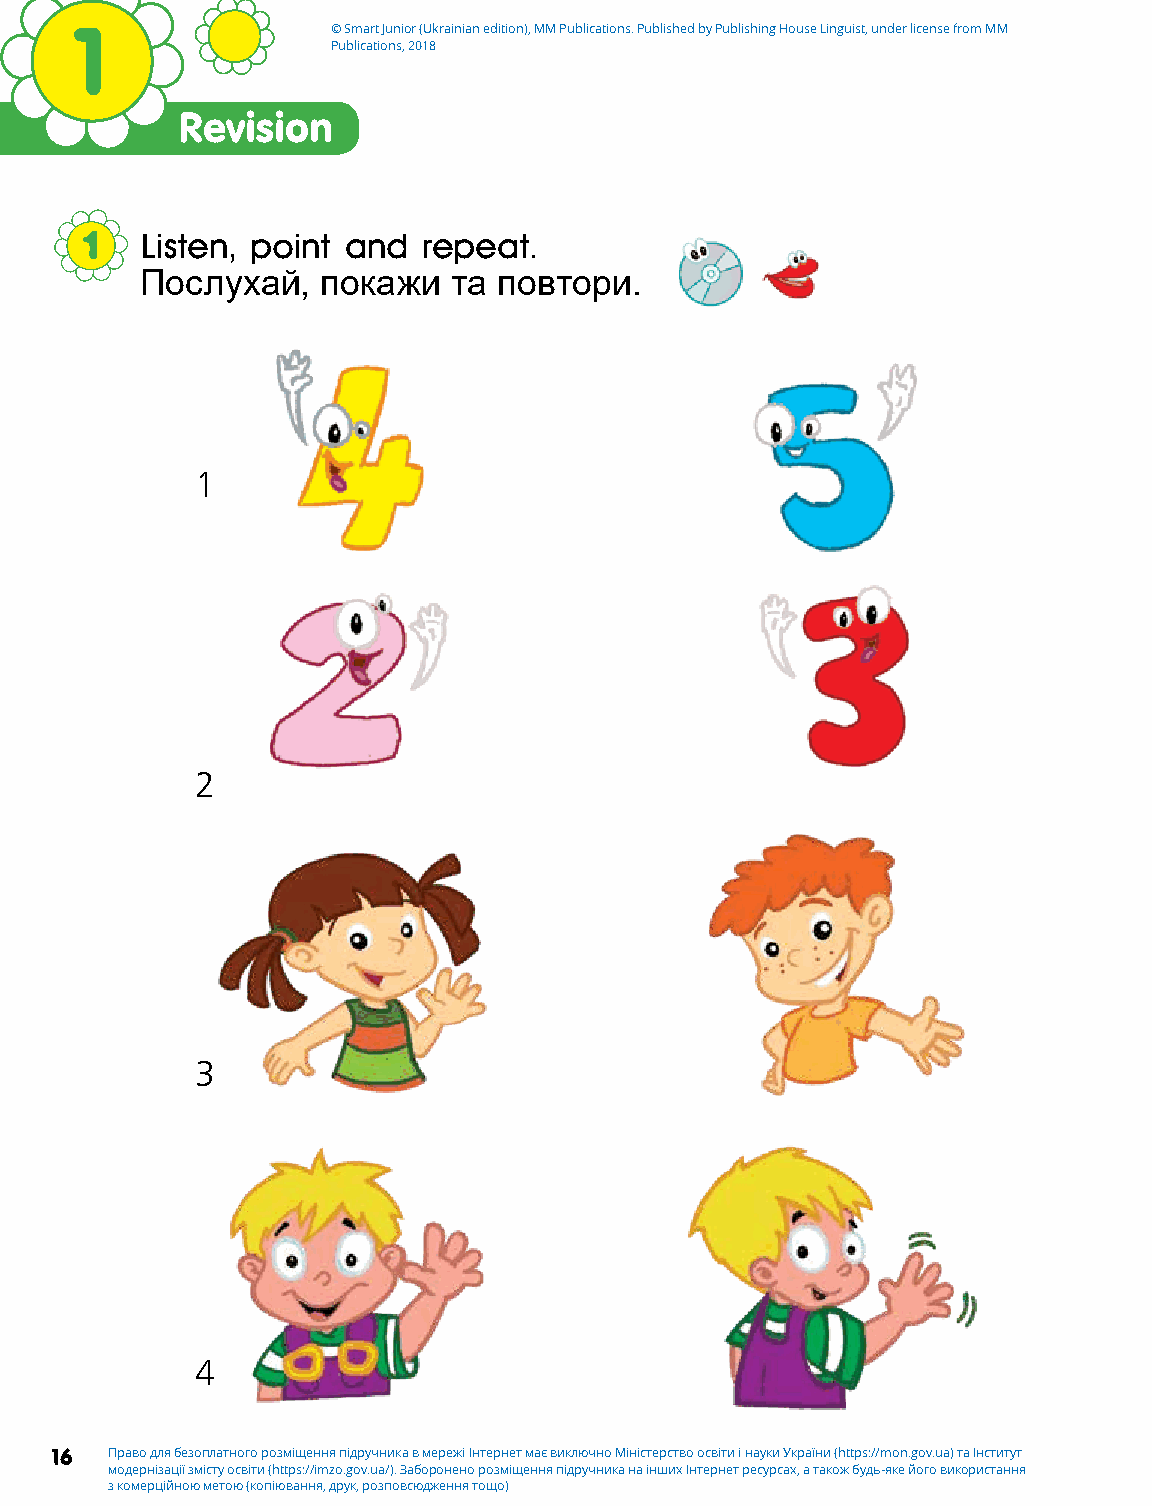
1                © Smart Junior (Ukrainian edition), MM Publications. Published by Publishing House Linguist, under license from MM
 Publications, 2018
 Revision
 1   Listen, point and  repeat.
 Послухай,   покажи   та повтори.
 1
 2
 3
 4
 16  Право для безоплатного розміщення підручника в мережі Інтернет має виключно Міністерство освіти і науки України (https://mon.gov.ua) та Інститут
 модернізації змісту освіти (https://imzo.gov.ua/). Заборонено розміщення підручника на інших Інтернет ресурсах, а також будь-яке його використання
 з комерційною метою (копіювання, друк, розповсюдження тощо)